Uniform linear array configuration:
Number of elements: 4
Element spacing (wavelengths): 0.25
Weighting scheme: cosine
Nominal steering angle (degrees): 60
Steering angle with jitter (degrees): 59.245
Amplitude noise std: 0.05
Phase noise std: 0.05

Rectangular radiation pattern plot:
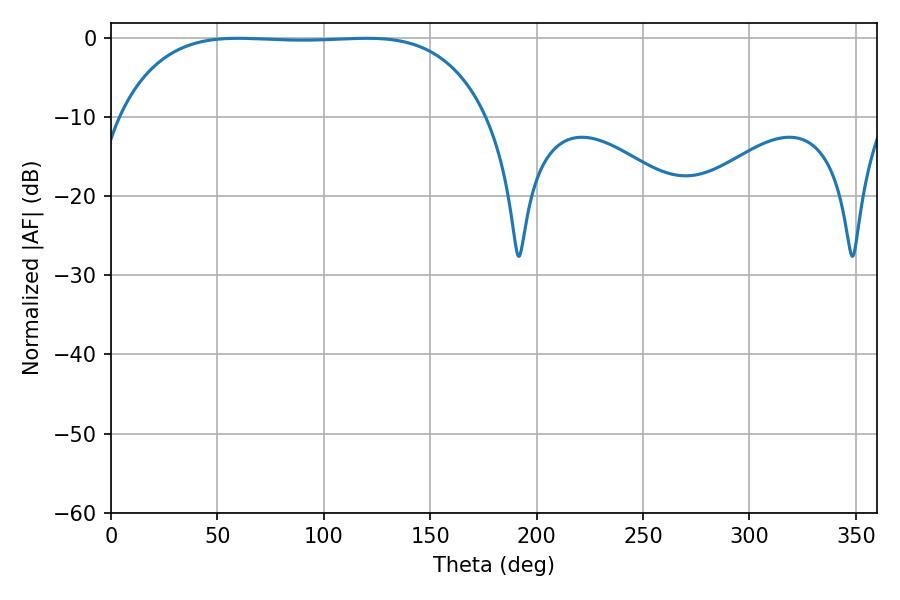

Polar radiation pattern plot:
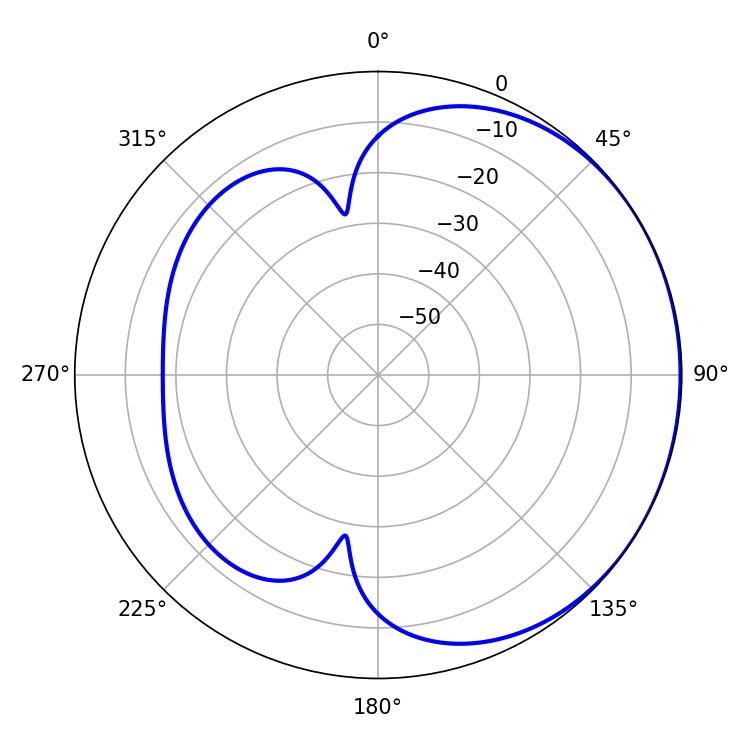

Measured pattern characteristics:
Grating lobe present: FALSE
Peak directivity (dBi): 0.7235
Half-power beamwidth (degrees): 134.64
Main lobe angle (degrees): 59.76